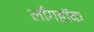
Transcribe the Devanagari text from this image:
लाँगडॉक